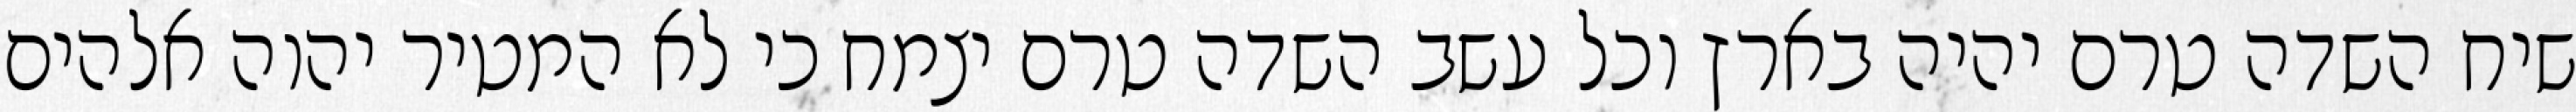
שיח השדה טרם יהיה בארץ וכל עשב השדה טרם יצמח כי לא המטיר יהוה אלהים